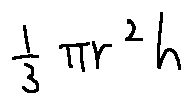
\frac { 1 } { 3 } \pi r ^ { 2 } h